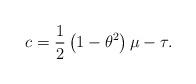
LaTeX: \begin{align*} c=\frac 12\left(1-\theta^2\right)\mu-\tau.\end{align*}